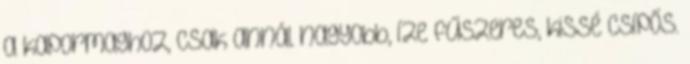
a kapormaghoz, csak annál nagyobb, íze fűszeres, kissé csípős.